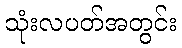
သုံးလပတ်အတွင်း